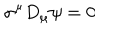
\sigma ^ { \mu } D _ { \mu } \psi = 0